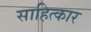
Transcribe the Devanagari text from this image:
साहित्कार